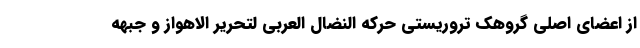
از اعضای اصلی گروهک تروریستی حرکه النضال العربی لتحریر الاهواز و جبهه